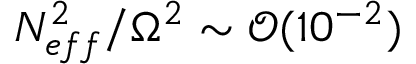
N _ { e f f } ^ { 2 } / \Omega ^ { 2 } \sim \mathcal { O } ( 1 0 ^ { - 2 } )